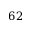
6 2